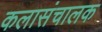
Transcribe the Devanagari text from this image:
कलासंचालक